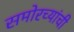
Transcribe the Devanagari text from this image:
समोरच्यांची